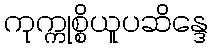
ကုက္ကုစ္စိယူပဆိန္ဒေ